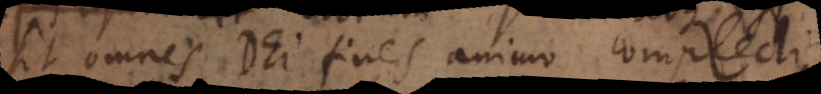
sit omnes Dei fines animo complecti,